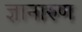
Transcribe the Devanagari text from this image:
ज्ञानारुण